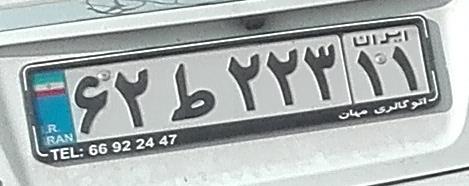
۶۲ط۲۲۳۱۱